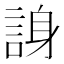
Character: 𬢭